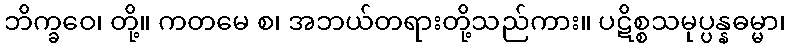
ဘိက္ခဝေ၊ တို့။ ကတမေ စ၊ အဘယ်တရားတို့သည်ကား။ ပဋိစ္စသမုပ္ပန္နဓမ္မာ၊